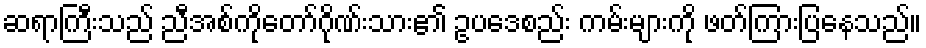
ဆရာကြီးသည် ညီအစ်ကိုတော်ဂိုဏ်းသား၏ ဥပဒေစည်း ကမ်းများကို ဖတ်ကြားပြနေသည်။